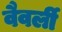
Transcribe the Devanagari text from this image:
वैवर्ली